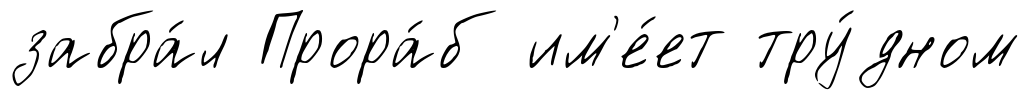
забра́л Прора́б им'е́ет тру́дном